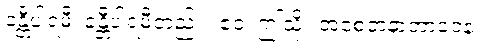
ခန္တီပါရမီ၊ ခန္တီပါရမီတည်း။ ဧဝံ၊ ဤသို့။ အစေတနာဘာဝေန၊